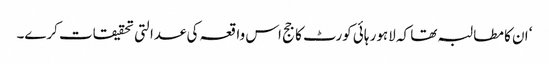
‘ ان کا مطالبہ تھا کہ لاہور ہائی کورٹ کا جج اس واقعہ کی عدالتی تحقیقات کرے۔